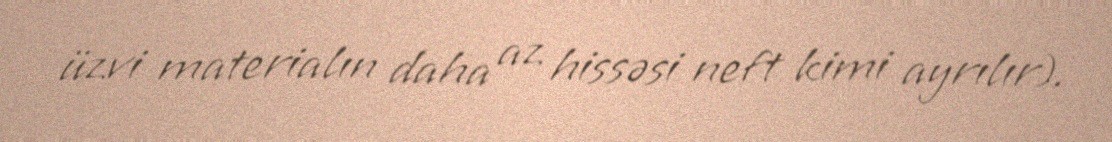
üzvi materialın daha az hissəsi neft kimi ayrılır).